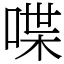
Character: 喋